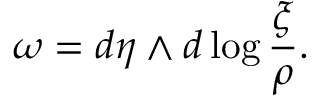
\omega = d \eta \wedge d \log \frac { \xi } { \rho } .